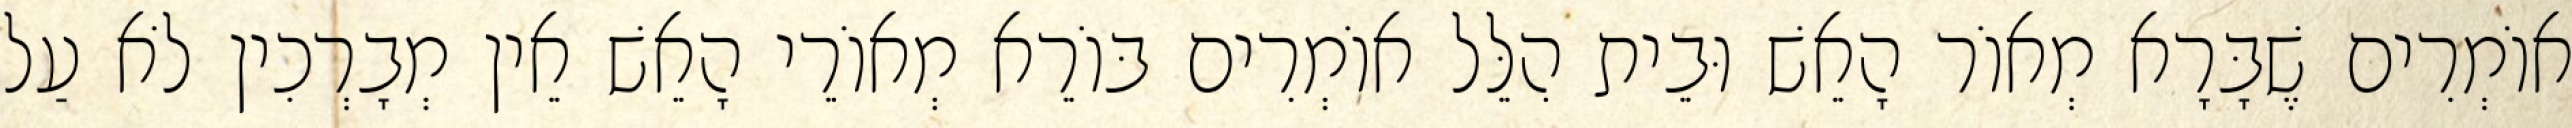
אוֹמְרִים שֶׁבָּרָא מְאוֹר הָאֵשׁ וּבֵית הִלֵּל אוֹמְרִים בּוֹרֵא מְאוֹרֵי הָאֵשׁ אֵין מְבָרְכִין לֹא עַל